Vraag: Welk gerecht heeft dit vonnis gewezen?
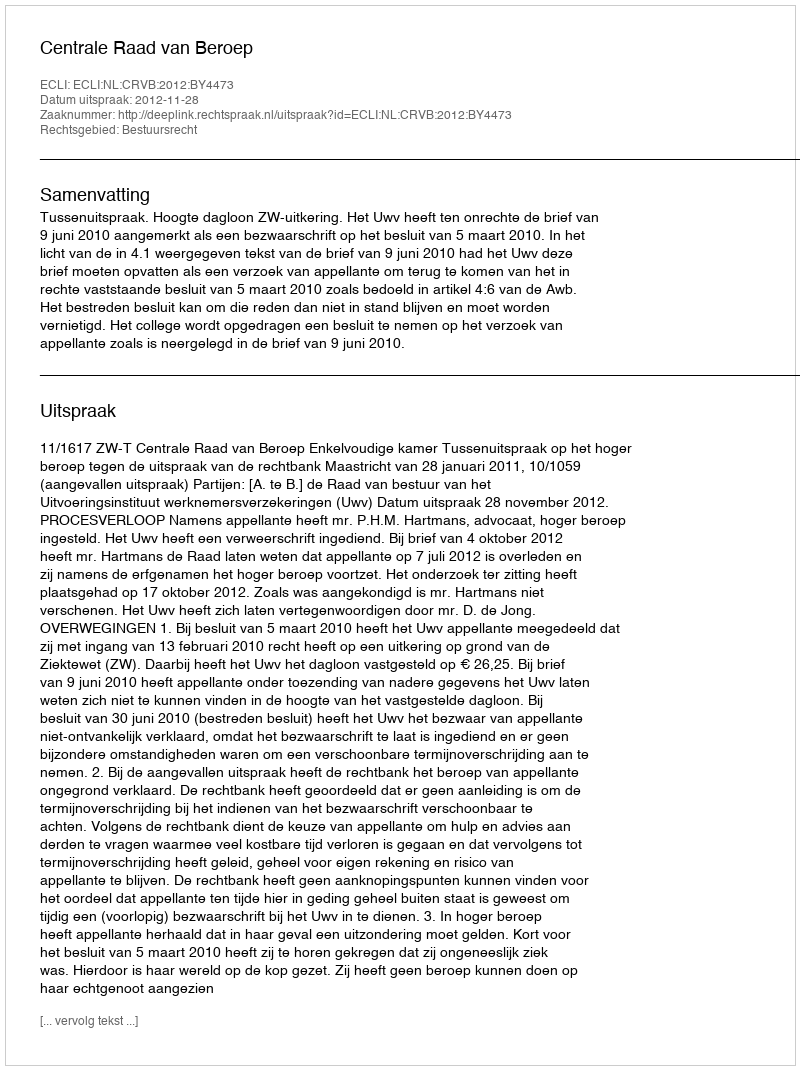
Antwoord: Centrale Raad van Beroep